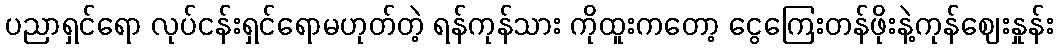
ပညာရှင်ရော လုပ်ငန်းရှင်ရောမဟုတ်တဲ့ ရန်ကုန်သား ကိုထူးကတော့ ငွေကြေးတန်ဖိုးနဲ့ကုန်ဈေးနှုန်း